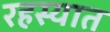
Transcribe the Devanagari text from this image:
रहस्यात